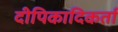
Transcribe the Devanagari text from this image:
दीपिकादिकर्ता